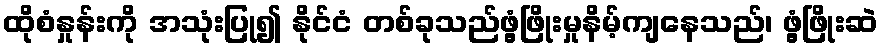
ထိုစံနှုန်းကို အသုံးပြု၍ နိုင်ငံ တစ်ခုသည်ဖွံ့ဖြိုးမှုနိမ့်ကျနေသည်၊ ဖွံ့ဖြိုးဆဲ